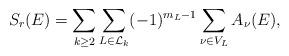
LaTeX: \begin{align*}S_r(E)= \sum_{k\geq 2}\sum_{L\in \mathcal L_k}(-1)^{m_L-1}\sum_{\nu\in V_L} A_{\nu}(E),\end{align*}